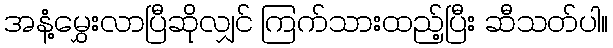
အနံ့မွှေးလာပြီဆိုလျှင် ကြက်သားထည့်ပြီး ဆီသတ်ပါ။